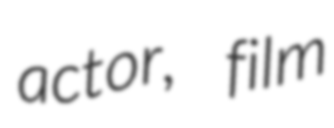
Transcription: actor, film